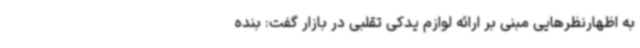
به اظهارنظرهایی مبنی بر ارائه لوازم یدکی تقلبی در بازار گفت: بنده